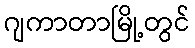
ဂျကာတာမြို့တွင်